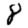
Digit: 8